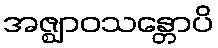
အဇ္ဈာဝသန္တောပိ